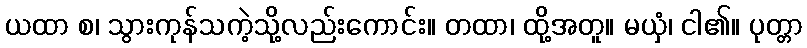
ယထာ စ၊ သွားကုန်သကဲ့သို့လည်းကောင်း။ တထာ၊ ထို့အတူ။ မယှံ၊ ငါ၏။ ပုတ္တာ